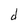
Character: d